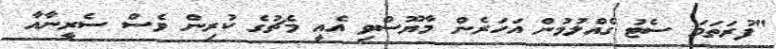
"ފުރަތަމަ ސެޓު ގެއްލުމުން އަހަރެން މާޔޫސްވި އެއީ މެޗުގެ ކުރިން ވެސް ސެރީނާއާ